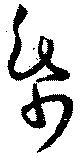
紙